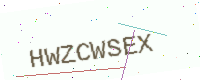
Text: HWZCWSEX